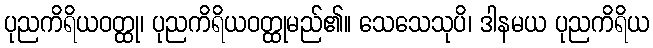
ပုညကိရိယဝတ္ထု၊ ပုညကိရိယဝတ္ထုမည်၏။ သေသေသုပိ၊ ဒါနမယ ပုညကိရိယ